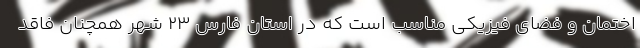
اختمان و فضای فیزیکی مناسب است که در استان فارس ۲۳ شهر همچنان فاقد